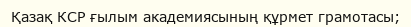
Қазақ КСР ғылым академиясының құрмет грамотасы;